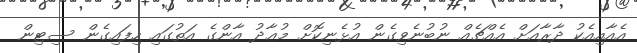
އެއާއިއެކު ދާރާއަށް އެއްޗެއް ނުބުނެވިގެން އުޅެނިކޮށް މުޢާދު އާންގެ އަތުގައި ހިފައިގެން ސިޓިން